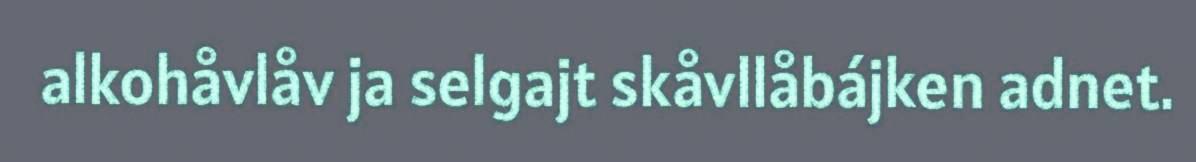
alkohåvlåv ja selgajt skåvllåbájken adnet.